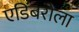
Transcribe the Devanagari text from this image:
एडिंबरोला